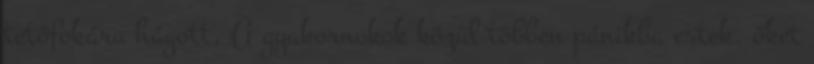
tetőfokára hágott. A gyakornokok közül többen pánikba estek, őket